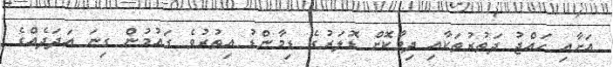
އަށާއި ހައްޖު ދަތުރުތަކާއި ދިމާކޮށް ޑޮލަރުގެ ޑިމާންޑު އިތުރުވެ ގައުމުން ގިނަ އަދަދެއްގެ